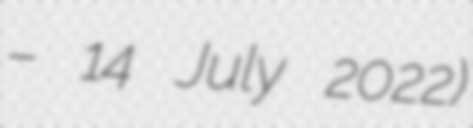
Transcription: – 14 July 2022)